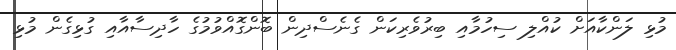
މުޅި ލަންކާއަށް ކުއްލި ސިހުމާއި ބިރުވެރިކަން ގެނެސްދިން ބޮންގޮއްވުމުގެ ހާދިސާއާއި ގުޅިގެން މުޅި